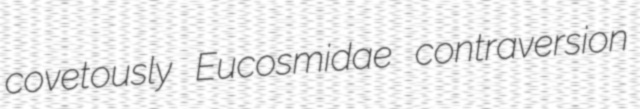
covetously Eucosmidae contraversion